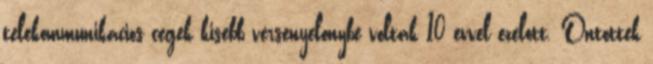
telekommunikacios cegek kisebb versenyelonybe voltak 10 evvel ezelott. Ontottek